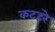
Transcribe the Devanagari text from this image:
कटहरे